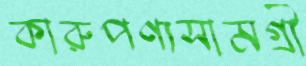
কারুপণ্যসামগ্রী